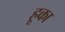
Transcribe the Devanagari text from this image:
हूका